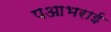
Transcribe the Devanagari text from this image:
पआभराई